Indian journal of veterinary science and animal husbandry - Volumes 18-21, 1948-1951
Year: 1948
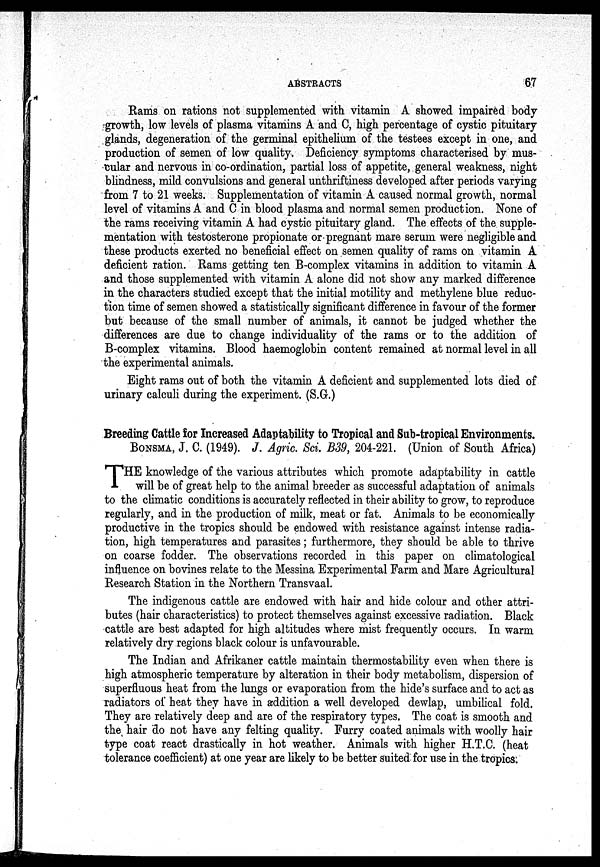
ABSTRACTS
67
Rams on rations not supplemented with vitamin A showed impaired body
growth, low levels of plasma vitamins A and C, high percentage of cystic pituitary
glands, degeneration of the germinal epithelium of the testees except in one, and
production of semen of low quality. Deficiency symptoms characterised by mus-
cular and nervous in co-ordination, partial loss of appetite, general weakness, night
blindness, mild convulsions and general unthriftiness developed after periods varying
from 7 to 21 weeks. Supplementation of vitamin A caused normal growth, normal
level of vitamins A and C in blood plasma and normal semen production. None of
the rams receiving vitamin A had cystic pituitary gland. The effects of the supple-
mentation with testosterone propionate or pregnant mare serum were negligible and
these products exerted no beneficial effect on semen quality of rams on vitamin A
deficient ration. Rams getting ten B-complex vitamins in addition to vitamin A
and those supplemented with vitamin A alone did not show any marked difference
in the characters studied except that the initial motility and methylene blue reduc-
tion time of semen showed a statistically significant difference in favour of the former
but because of the small number of animals, it cannot be judged whether the
differences are due to change individuality of the rams or to the addition of
B-complex vitamins. Blood haemoglobin content remained at normal level in all
the experimental animals.
Eight rams out of both the vitamin A deficient and supplemented lots died of
urinary calculi during the experiment. (S.G.)
Breeding Cattle for Increased Adaptability to Tropical and Sub-tropical Environments.
BONSMA, J. C. (1949). J. Agric. Sci. B39, 204-221. (Union of South Africa)
T HE knowledge of the various attributes which promote adaptability in cattle
will be of great help to the animal breeder as successful adaptation of animals
to the climatic conditions is accurately reflected in their ability to grow, to reproduce
regularly, and in the production of milk, meat or fat. Animals to be economically
productive in the tropics should be endowed with resistance against intense radia-
tion, high temperatures and parasites; furthermore, they should be able to thrive
on coarse fodder. The observations recorded in this paper on climatological
influence on bovines relate to the Messina Experimental Farm and Mare Agricultural
Research Station in the Northern Transvaal.
The indigenous cattle are endowed with hair and hide colour and other attri-
butes (hair characteristics) to protect themselves against excessive radiation. Black
cattle are best adapted for high altitudes where mist frequently occurs. In warm
relatively dry regions black colour is unfavourable.
The Indian and Afrikaner cattle maintain thermostability even when there is
high atmospheric temperature by alteration in their body metabolism, dispersion of
superfluous heat from the lungs or evaporation from the hide's surface and to act as
radiators of heat they have in addition a well developed dewlap, umbilical fold.
They are relatively deep and are of the respiratory types. The coat is smooth and
the hair do not have any felting quality. Furry coated animals with woolly hair
type coat react drastically in hot weather. Animals with higher H.T.C. (heat
tolerance coefficient) at one year are likely to be better suited for use in the tropics.